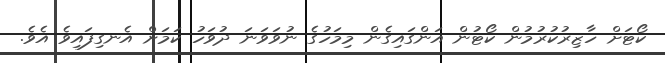
ކޯޓަށް ހާޒިރުކުރުމުން ކޯޓުން އަންގައިގެން މިމަހުގެ ނުވަަވަނަ ދުވަހު ކަމަށް އެނގިފައިވެ އެވެ.